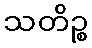
သတိဉ္စ